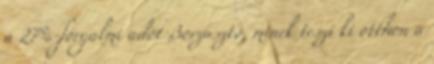
a 27%-forgalmi adót Borzasztó, minek teszi ki otthon a